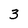
Character: 3